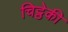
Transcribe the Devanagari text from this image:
चिट्ठेकी